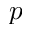
p